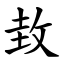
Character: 㪈